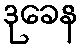
ဒုခေန